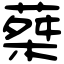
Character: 𦵴